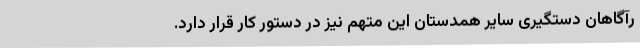
رآگاهان دستگیری سایر همدستان این متهم نیز در دستور کار قرار دارد.